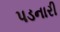
પડનારી